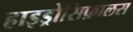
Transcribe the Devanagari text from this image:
हाइड्रोसिफ़ालस